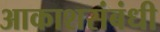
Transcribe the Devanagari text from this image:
आकाशसंबंधी